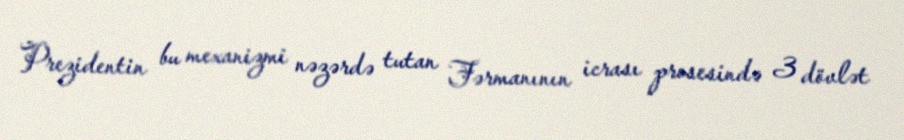
Prezidentin bu mexanizmi nəzərdə tutan Fərmanının icrası prosesində 3 dövlət